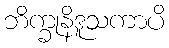
ဘိက္ခုနိဒူသကာပိ